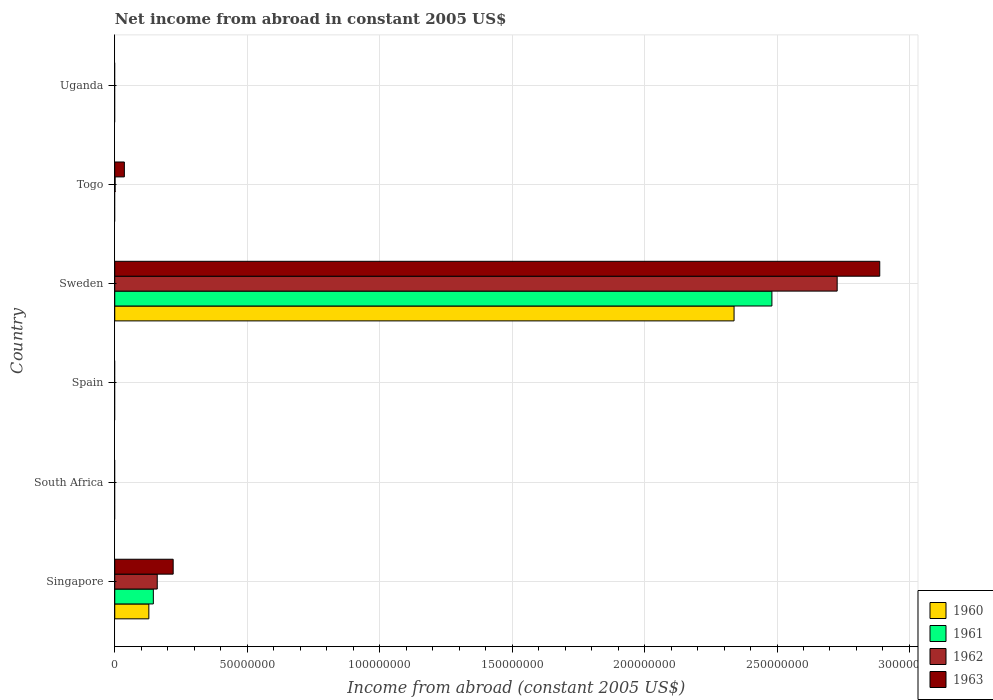
| Country | 1960 | 1961 | 1962 | 1963 |
 | --- | --- | --- | --- | --- |
 | Singapore | 1.29e+07 | 1.46e+07 | 1.6e+07 | 2.2e+07 |
 | South Africa | -3.31e+08 | -3.72e+08 | -3.27e+08 | -3.14e+08 |
 | Spain | -5.78e+07 | -6.29e+07 | -7.03e+07 | -8.44e+07 |
 | Sweden | 2.34e+08 | 2.48e+08 | 2.73e+08 | 2.89e+08 |
 | Togo | -4.75e+05 | -1.22e+06 | 1.22e+05 | 3.62e+06 |
 | Uganda | -1.22e+06 | -1.1e+06 | -4.4e+06 | -3.82e+06 |